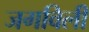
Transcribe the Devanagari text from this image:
जगविली